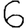
Digit: 6